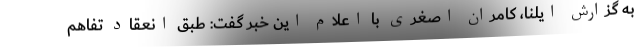
به گزارش ایلنا، کامران اصغری با اعلام این خبر گفت: طبق انعقاد تفاهم